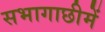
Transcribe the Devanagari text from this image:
सभागाछीमें